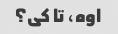
اوه، تا کی؟